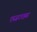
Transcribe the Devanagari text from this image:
एस्ज़टरहस